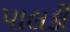
પાલકી